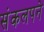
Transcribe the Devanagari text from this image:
संकलपने